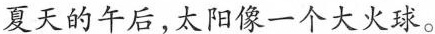
夏天的午后，太阳像一个大火球。